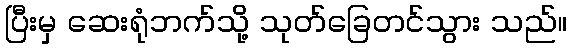
ပြီးမှ ဆေးရုံဘက်သို့ သုတ်ခြေတင်သွား သည်။